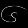
Digit: ၆